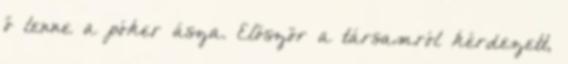
ő lenne a póker ásza. Először a társamról kérdezett,